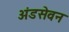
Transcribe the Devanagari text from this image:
अंडसेवन